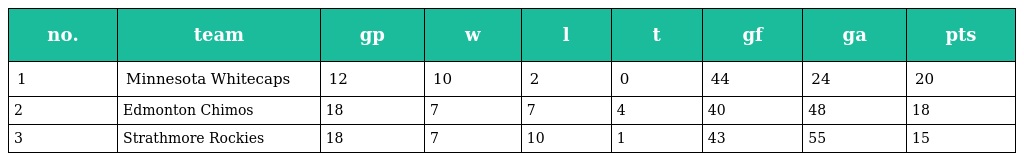
| no. | team | gp | w | l | t | gf | ga | pts |
 | --- | --- | --- | --- | --- | --- | --- | --- | --- |
 | 1 | Minnesota Whitecaps | 12 | 10 | 2 | 0 | 44 | 24 | 20 |
 | 2 | Edmonton Chimos | 18 | 7 | 7 | 4 | 40 | 48 | 18 |
 | 3 | Strathmore Rockies | 18 | 7 | 10 | 1 | 43 | 55 | 15 |